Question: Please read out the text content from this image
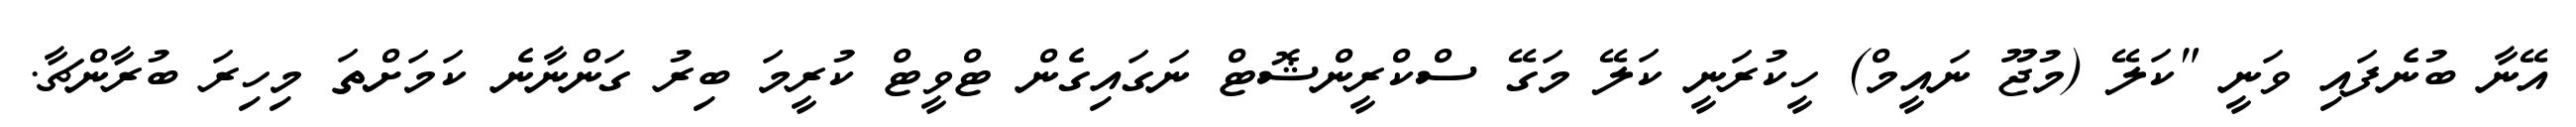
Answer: އޭނާ ބުނެފައި ވަނީ "ކަލޭ (މުޖޫ ނައީމް) ހީކުރަނީ ކަލޭ މަގޭ ސްކްރީންޝޮޓް ނަގައިގެން ޓްވީޓް ކުރީމަ ބިރު ގަންނާނެ ކަމަށްތަ މިހިރަ ބުރާންޗާ.